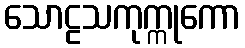
သောဠသကုက္ကုကော